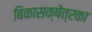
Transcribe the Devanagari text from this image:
बिकासक्षेत्रका